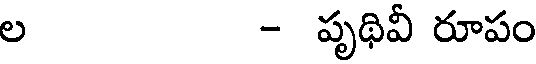
ల - పృథివీ రూపం